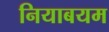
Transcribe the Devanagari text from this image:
नियाबयम